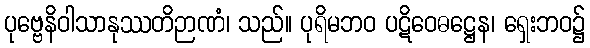
ပုဗ္ဗေနိဝါသာနုဿတိဉာဏံ၊ သည်။ ပုရိမဘဝ ပဋိဝေဓဋ္ဌေန၊ ရှေးဘဝ၌